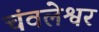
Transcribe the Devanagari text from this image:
चंवलेश्वर